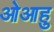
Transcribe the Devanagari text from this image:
ओआहु